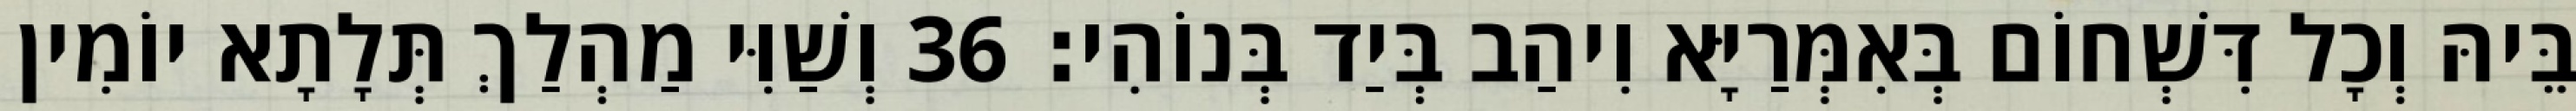
בֵּיהּ וְכָל דִּשְׁחוֹם בְּאִמְּרַיָּא וִיהַב בְּיַד בְּנוֹהִי׃ 36 וְשַׁוִּי מַהְלַךְ תְּלָתָא יוֹמִין